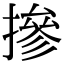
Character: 摻